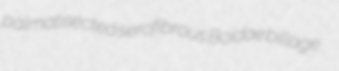
palmatisected serofibrous Boidae billage